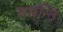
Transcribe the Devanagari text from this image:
वसन्ति